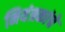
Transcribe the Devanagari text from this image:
नियंत्रकांचे